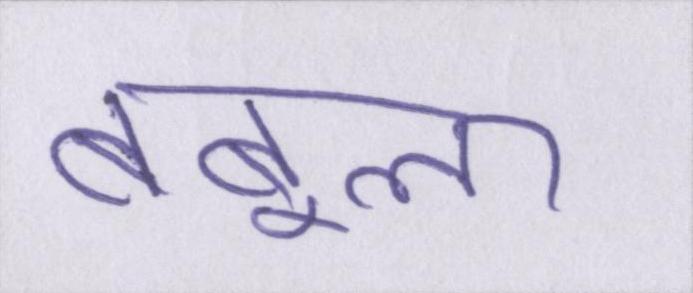
बबूला